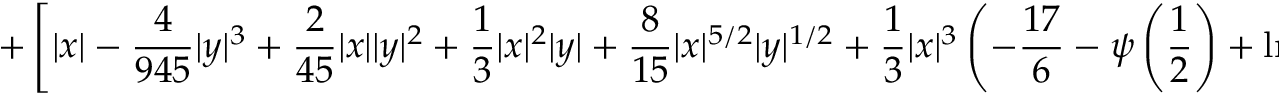
+ \left[ | x | - { \frac { 4 } { 9 4 5 } } | y | ^ { 3 } + { \frac { 2 } { 4 5 } } | x | | y | ^ { 2 } + { \frac { 1 } { 3 } } | x | ^ { 2 } | y | + { \frac { 8 } { 1 5 } } | x | ^ { 5 / 2 } | y | ^ { 1 / 2 } + { \frac { 1 } { 3 } } | x | ^ { 3 } \left( - { \frac { 1 7 } { 6 } } - \psi \left( \frac { 1 } { 2 } \right) + \ln { \frac { | x | ^ { 2 } } { | y | } } \right) \right] \cos { \frac { \bar { \theta } } { 2 } }